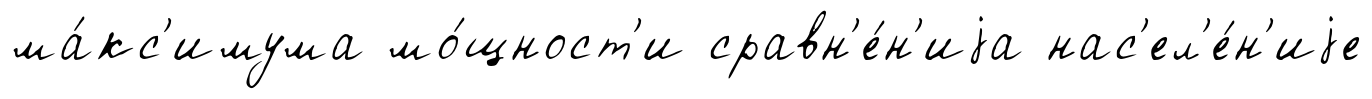
ма́кс'имума мо́щност'и сравн'е́н'иjа нас'ел'е́н'иjе